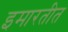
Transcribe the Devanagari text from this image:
इमारतीत